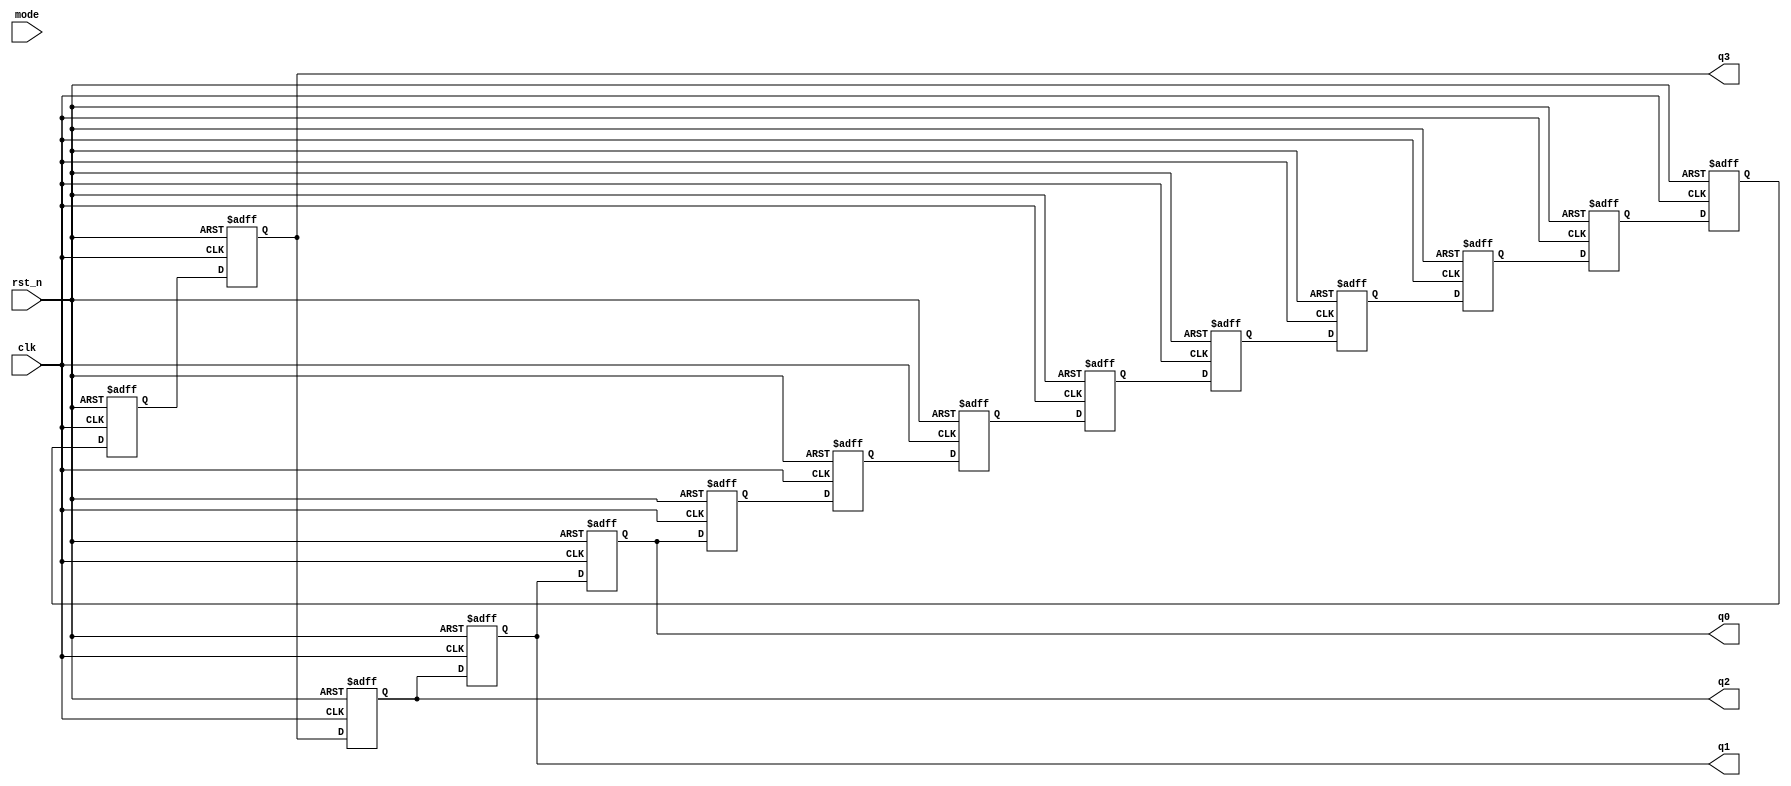
`timescale 1ns / 1ps
//////////////////////////////////////////////////////////////////////////////////
// Company: 
// Engineer: 
// 
// Design Name: 
// Module Name:    shiftreg_1 
// Project Name: 
// Target Devices: 
// Tool versions: 
// Description: 
//
// Dependencies: 
//
// Revision: 
// Revision 0.01 - File Created
// Additional Comments: 
//
//////////////////////////////////////////////////////////////////////////////////
///////////see you again////////////////
`define BIT_WIDTH 5
module shiftreg_1(
	q0,q1,q2,q3,// LED output
	clk, // global clock
	rst_n, // active low reset
	mode
);
output reg[`BIT_WIDTH-1:0] q0, q1,q2,q3; // LED output
input clk; // global clock
input rst_n; // active low reset
input mode;

reg [4:0]q4,q5,q6,q7,q8,q9,q10,q11,q12,q13;

// Insert frequency divider (freq_div.v)

always@(posedge clk or negedge rst_n)
	if(~rst_n )
	begin
		q0<=5'd10;//S
		q1<=5'd2;//E
		q2<=5'd2;//E
		q3<=5'd15;//NO
		q4<=5'd16;//Y
		q5<=5'd12;//O
		q6<=5'd17;//U
		q7<=5'd15;//NO
		q8<=5'd0;//A
		q9<=5'd4;//G
		q10<=5'd0;//A
		q11<=5'd6;//I
		q12<=5'd13;//N
		q13<=5'd15;//NO
	end	
	else
	begin
		q0<=q1;
		q1<=q2;
		q2<=q3;
		q3<=q4;
		q4<=q5;
		q5<=q6;
		q6<=q7;
		q7<=q8;
		q8<=q9;
		q9<=q10;
		q10<=q11;
		q11<=q12;
		q12<=q13;
		q13<=q0;
	end
	
endmodule